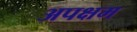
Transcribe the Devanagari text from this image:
अपक्षम